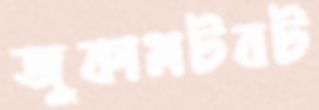
জুকামটবট